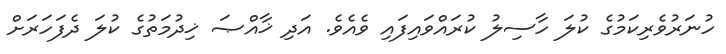
ހުނަރުވެރިކަމުގެ ކުލަ ހާސިލު ކުރައްވައިފައި ވެއެވެ. އަދި ޚާއްޞަ ޚިދުމަތުގެ ކުލަ ދެފަހަރަށް